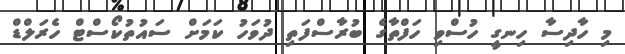
މި ހާދިސާ ހިނގީ ހުސްވި ހަފްތާގެ ބުރާސްފަތި ދުވަހު ކަމަށް ސައުތުކޯސްޓް ހެރަލްޑް